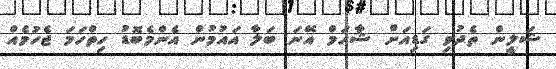
ޝަލީން ތެދުވި ގަޑިއަށް ޝާހަމް އޭނަ ބަލާ އައުމުން އެންމެބޮޑު ހިތްހަމަ ޖެހުމެއް